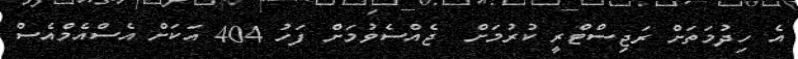
އެ ހިދުމަތަށް ރަޖިސްޓްރީ ކުރުމަށް  ޖެއްސެވުމަށް ފަހު 404 އަކަށް އެސްއެމްއެސް